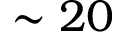
\sim 2 0